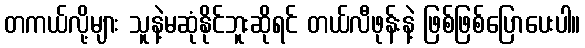
တကယ်လို့များ သူနဲ့မဆုံနိုင်ဘူးဆိုရင် တယ်လီဖုန်းနဲ့ ဖြစ်ဖြစ်ပြောပေးပါ။